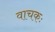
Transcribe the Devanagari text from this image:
वाचकः